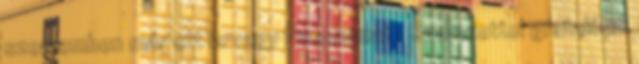
szememben már ott is vagy Pusszanat : Szeretettel gratulálok